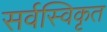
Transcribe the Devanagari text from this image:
सर्वस्विकृत